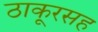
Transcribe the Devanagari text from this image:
ठाकूरसह